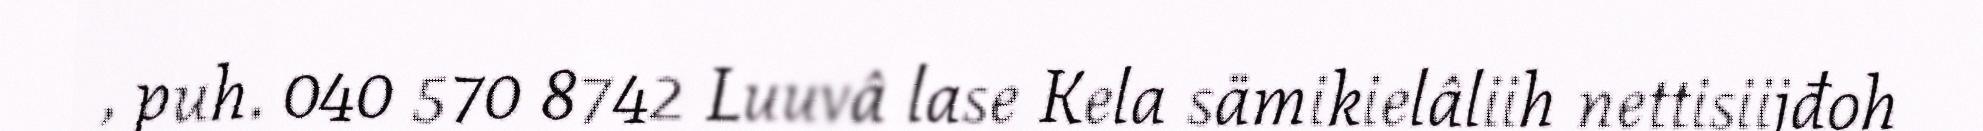
, puh. 040 570 8742 Luuvâ lase Kela sämikielâliih nettisiijđoh